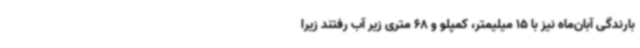
بارندگی آبان‌ماه نیز با 15 میلیمتر، کمپلو و 68 متری زیر آب رفتند زیرا